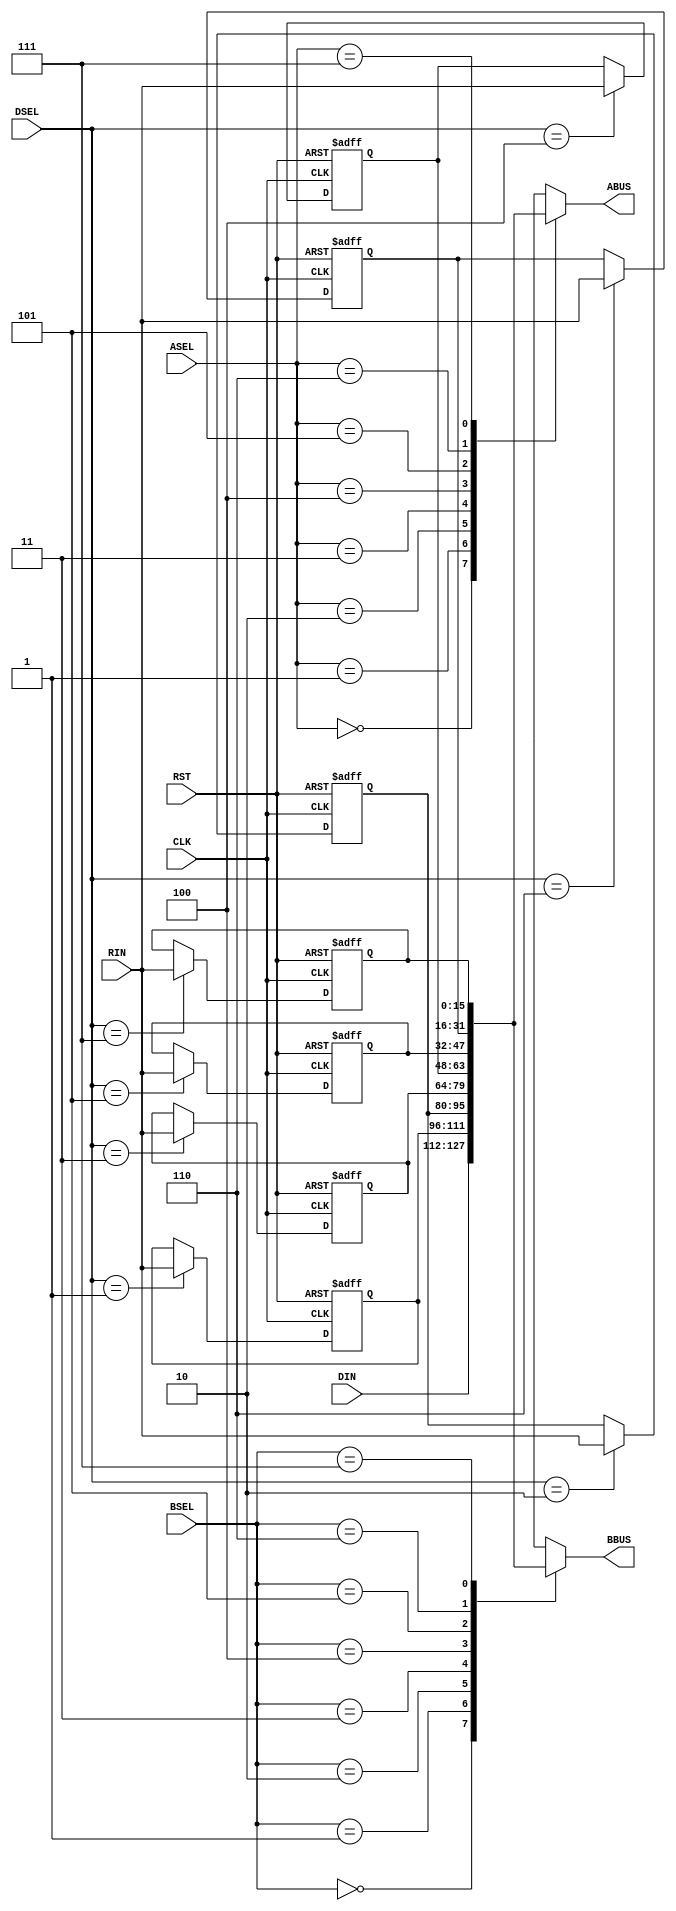
module regFile(
 //input registers
   input[15:0] DIN,
   input[15:0] RIN,
   input[2:0]  DSEL,
   input[2:0]  ASEL,
   input[2:0]  BSEL,
   input       RST,
   input       CLK,
//output registers
   output[15:0] ABUS,
   output[15:0] BBUS
   );

        reg[15:0] DND;
        reg[15:0] reg1;
        reg[15:0] reg2;
        reg[15:0] reg3;
        reg[15:0] reg4; 
        reg[15:0] reg5;
        reg[15:0] reg6;
        reg[15:0] reg7;

// create new register to store output values of buses 
        reg[15:0] regA = 16'h00;
        reg[15:0] regB = 16'h00;

// signing them to the ABUS and BBUS
     assign ABUS = regA;
     assign BBUS = regB;

   always@(posedge CLK or negedge RST) begin
// write operation

    if (RST == 0) begin
        DND  = 16'b0;
        reg1 = 16'b0;
        reg2 = 16'b0;
        reg3 = 16'b0;
        reg4 = 16'b0; 
        reg5 = 16'b0;
        reg6 = 16'b0;
        reg7 = 16'b0;
    end 
    else 
       case (DSEL)
        3'b001 : reg1 <= RIN;
        3'b010 : reg2 <= RIN;
        3'b011 : reg3 <= RIN;
        3'b100 : reg4 <= RIN;
        3'b101 : reg5 <= RIN;
        3'b110 : reg6 <= RIN;
        3'b111 : reg7 <= RIN;
      endcase
    
    end
// read operation 

    always@(ASEL, DIN, reg1, reg2, reg3, reg4, reg5, reg6, reg7) begin 
       case(ASEL) 
      3'b000 : regA = DIN;
      3'b001 : regA = reg1;
      3'b010 : regA = reg2;
      3'b011 : regA = reg3;
      3'b100 : regA = reg4;
      3'b101 : regA = reg5;
      3'b110 : regA = reg6;
      3'b111 : regA = reg7;
    endcase 
   end

   always@(BSEL, DIN, reg1, reg2, reg3, reg4, reg5, reg6, reg7) begin 
       case(BSEL) 
      3'b000 : regB = DIN;
      3'b001 : regB = reg1;
      3'b010 : regB = reg2;
      3'b011 : regB = reg3;
      3'b100 : regB = reg4;
      3'b101 : regB = reg5;
      3'b110 : regB = reg6;
      3'b111 : regB = reg7;
    endcase 
   end
  endmodule